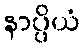
နာပ္ပိယံ